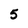
Character: 5